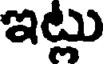
ఇట్లు